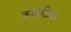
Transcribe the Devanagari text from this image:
कॉटज़िन